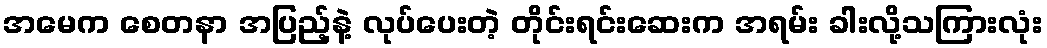
အမေက စေတနာ အပြည့်နဲ့ လုပ်ပေးတဲ့ တိုင်းရင်းဆေးက အရမ်း ခါးလို့သကြားလုံး